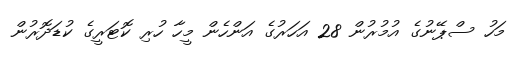
މަހު ސްޕޭނުގެ އުމުރުން 28 އަހަރުގެ އަންހެން މީހާ ހުރި ކޮޓަރީގެ ކުޑަދޮރުން